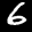
Label: 6